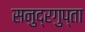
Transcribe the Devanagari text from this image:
सनुद्रगुप्ता